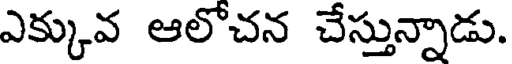
ఎక్కువ ఆలొచన చేస్తున్నాడు.